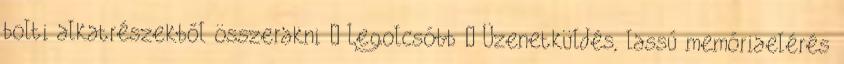
bolti alkatrészekből összerakni ● Legolcsóbb ● Üzenetküldés, lassú memóriaelérés